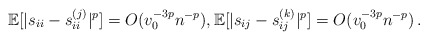
\begin{align*}\mathbb E[|s_{ii}-s_{ii}^{(j)} |^p]=O(v_0^{-3p}n^{-p}),\mathbb E[|s_{ij}-s_{ij}^{(k)}|^p]=O(v_0^{-3p}n^{-p})\,.\end{align*}